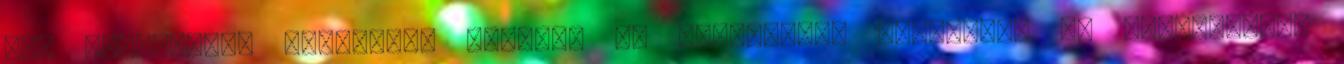
egy elektromos fővezeték Kemecse és Nagyhalász határban: 98 településen